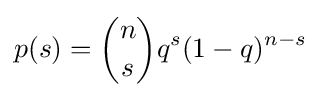
p(s)={n \choose s}q^{s}(1-q)^{n-s}